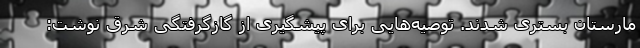
مارستان بستری شدند. توصیه‌هایی برای پیشگیری از گازگرفتگی شرق نوشت: